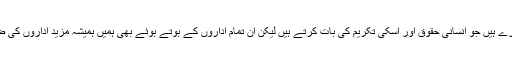
وزارت قانون وانصاف او ر انسانی حقوق کے تحت ہیومن رائٹس ونگ اور احتساب عدالتوں سمیت 20 ادارے ہیں جو انسانی حقوق اور اسکی تکریم کی بات کرتے ہیں لیکن ان تمام اداروں کے ہوتے ہوئے بھی ہمیں ہمیشہ مزید اداروں کی ضرورت ہوتی ہے جو بڑھتی ہوئی آبادی کیصورت میں جرائم کے اضافے کو کنٹرول کرنے میں مدد دیں۔